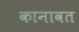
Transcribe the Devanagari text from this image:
कानावत